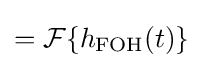
={\mathcal {F}}\{h_{\mathrm {FOH} }(t)\}\